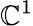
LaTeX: \mathbb{C}^{1}